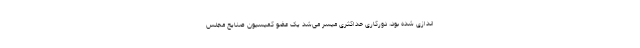
اندازی شده بود، دورکاری حداکثری میسر می‌شد یک عضو کمیسیون صنایع مجلس